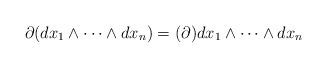
LaTeX: \begin{align*}\partial(dx_1\wedge\dots\wedge dx_n)=(\partial)dx_1\wedge\dots\wedge dx_n\end{align*}